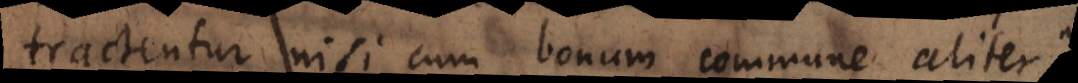
tractentur, nisi cum bonum commune aliter